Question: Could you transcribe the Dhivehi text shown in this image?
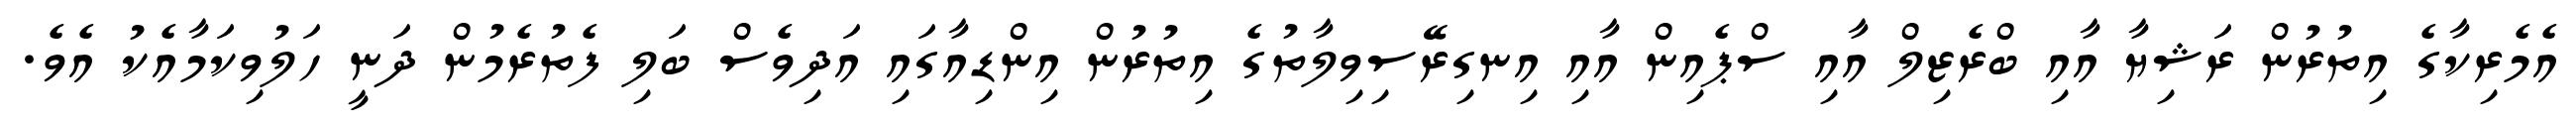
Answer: އެމެރިކާގެ އިތުރުން ރަޝިޔާ އާއި ބްރެޒިލް އާއި ސްޕެއިން އާއި އިނގިރޭސިވިލާތުގެ އިތުރުން އިންޑިއާގައި އަދިވެސް ބަލި ފެތުރެމުން ދަނީ ހަލުވިކަމާއެކު އެވެ.